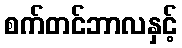
စက်တင်ဘာလနှင့်